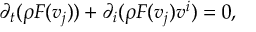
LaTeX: \partial _ { t } ( \rho F ( v _ { j } ) ) + \partial _ { i } ( \rho F ( v _ { j } ) v ^ { i } ) = 0 ,